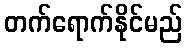
တက်ရောက်နိုင်မည်